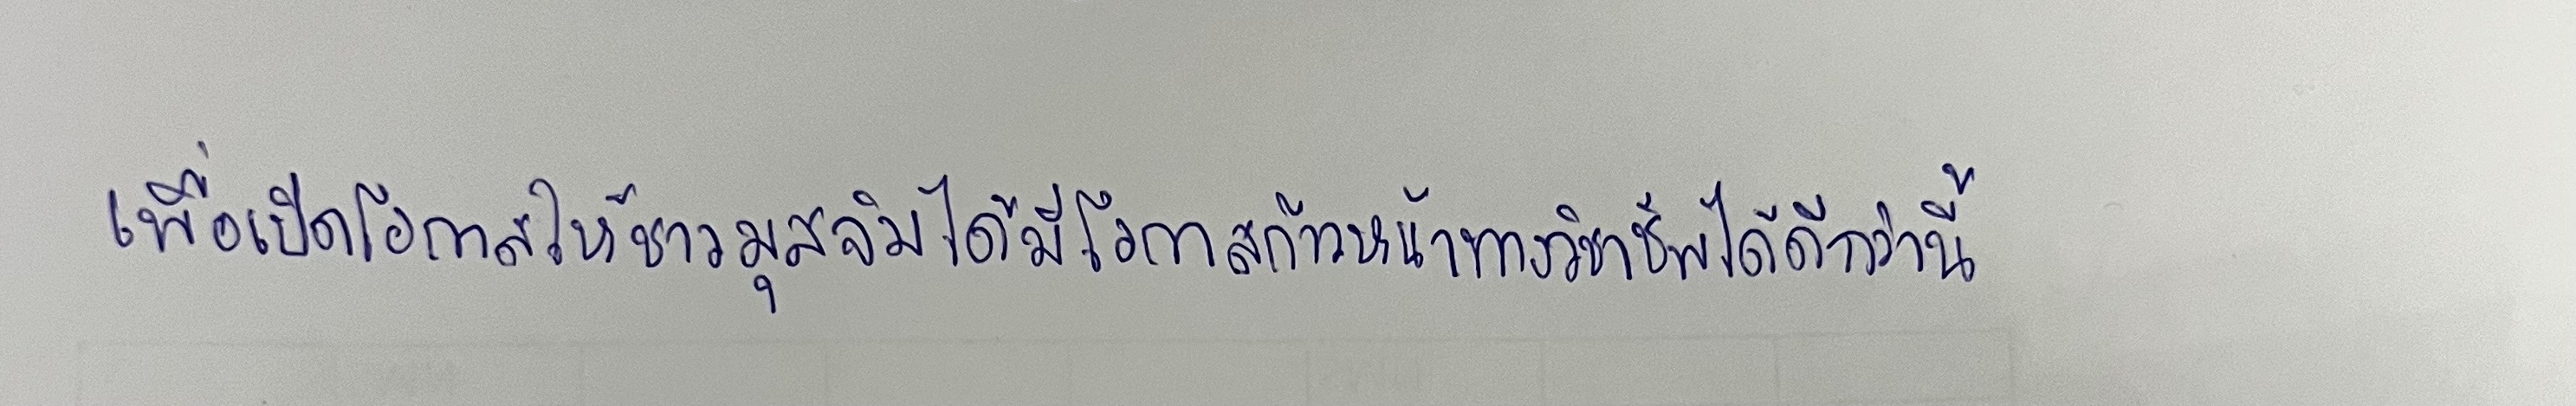
เพื่อเปิดโอกาสให้ชาวมุสลิมได้มีโอกาสก้าวหน้าทางวิชาชีพได้ดีกว่านี้